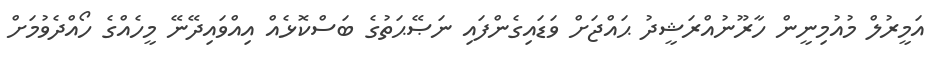
އަމީރުލް މުއުމިނީން ހާރޫނުއްރަޝީދު ޙައްޖަށް ވަޑައިގެންފައި ނަޞޭޙަތުގެ ބަސްކޮޅެއް އިއްވައިދޭނޭ މީހެއްގެ ހޯއްދެވުމަށް